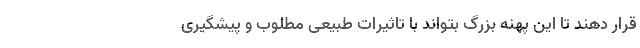
قرار دهند تا این پهنه بزرگ بتواند با تاثیرات طبیعی مطلوب و پیشگیری